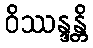
ဝိဿန္ဒန္တိ